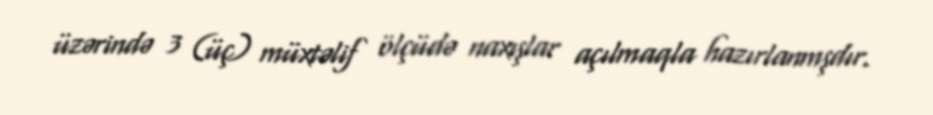
üzərində 3 (üç) müxtəlif ölçüdə naxışlar açılmaqla hazırlanmşdır.